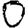
Digit: 0